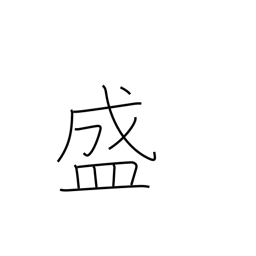
Meaning: prosper